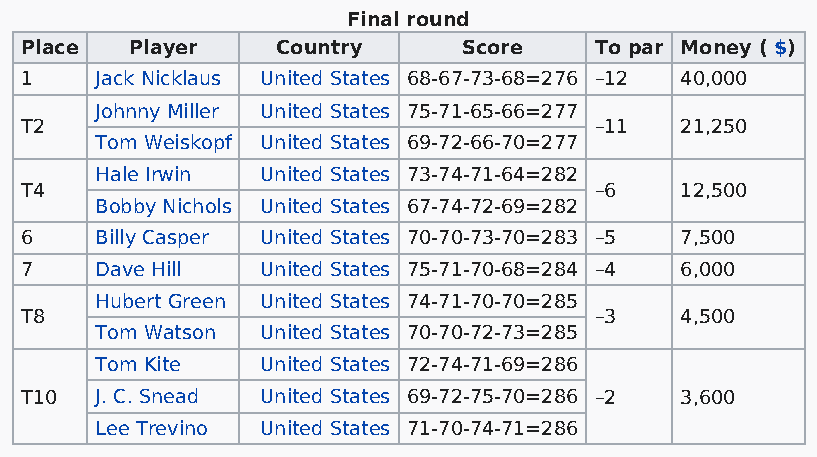
Final round
 Place   Player   Country      Score   To par Money ( $)
 1    Jack Nicklaus United States 68-67-73-68=276 –12 40,000
 Johnny Miller United States 75-71-65-66=277
 T2                                    –11   21,250
 Tom Weiskopf United States 69-72-66-70=277
 Hale Irwin United States 73-74-71-64=282
 T4                                    –6    12,500
 Bobby Nichols United States 67-74-72-69=282
 6    Billy Casper United States 70-70-73-70=283 –5 7,500
 7    Dave Hill  United States 75-71-70-68=284 –4 6,000
 Hubert Green United States 74-71-70-70=285
 T8                                    –3    4,500
 Tom Watson United States 70-70-72-73=285
 Tom Kite   United States 72-74-71-69=286
 T10  J. C. Snead United States 69-72-75-70=286 –2 3,600
 Lee Trevino United States 71-70-74-71=286